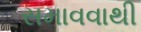
સમાવવાથી